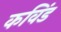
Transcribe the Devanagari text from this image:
कविंड